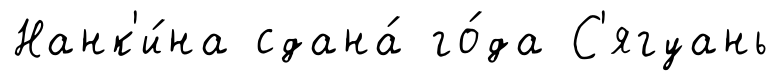
Нанк'и́на сдана́ го́да С'ягуань